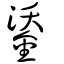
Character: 鋈